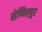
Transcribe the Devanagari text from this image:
शेणितपुर